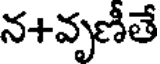
న+వృణీతే